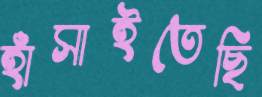
হাঁসাইতেছি